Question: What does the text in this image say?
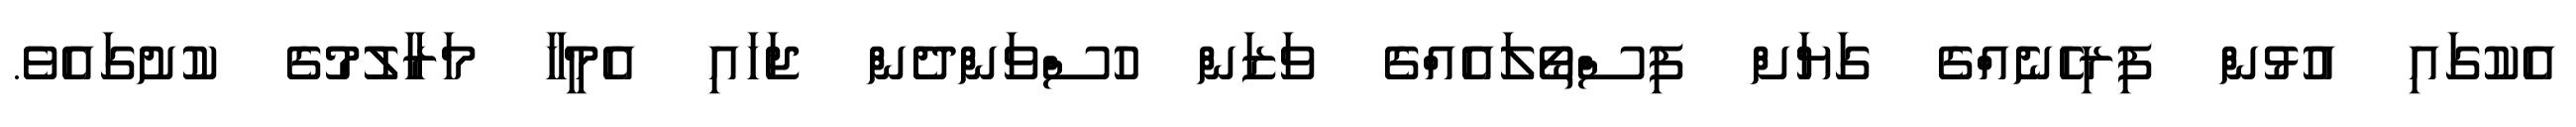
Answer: އެކުގައި އުޅުން ފިރިހެނެއްގެ ގަޔަށް ފިސްތޯލައެއްގެ ވަޒަން ހުސްވަންދެން ޖަހައި އެމީހާ މަރާލުމުގެ ކުށުގައެވެ.